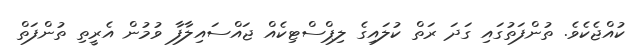
ކުއްޖެކެވެ. ތުންފަތުގައި ގަދަ ރަތް ކުލައިގެ ލިޕްސްޓިކެއް ޖައްސައިލާފާ ވުމުން އެރީތި ތުންފަތް